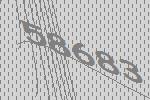
58683